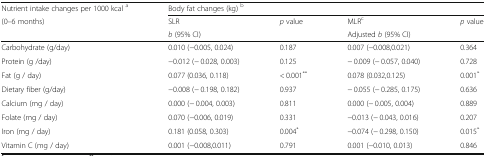
| Nutrient intake changes per 1000 kcal a | <COLSPAN=4> Body fat changes (kg) b |
 | <ROWSPAN=2> (0–6 months) | SLR | <ROWSPAN=2> p value | MLRc | <ROWSPAN=2> p value |
 | b (95% CI) | Adjusted b (95% CI) |
 | --- | --- | --- | --- | --- |
 | Carbohydrate (g/day) | 0.010 (−0.005, 0.024) | 0.187 | 0.007 (−0.008,0.021) | 0.364 |
 | Protein (g /day) | −0.012 (− 0.028, 0.003) | 0.125 | − 0.009 (− 0.057, 0.040) | 0.728 |
 | Fat (g / day) | 0.077 (0.036, 0.118) | < 0.001** | 0.078 (0.032,0.125) | 0.001* |
 | Dietary fiber (g/day) | −0.008 (− 0.198, 0.182) | 0.937 | − 0.055 (− 0.285, 0.175) | 0.636 |
 | Calcium (mg / day) | 0.000 (− 0.004, 0.003) | 0.811 | 0.000 (− 0.005, 0.004) | 0.889 |
 | Folate (mg / day) | 0.070 (−0.006, 0.019) | 0.331 | −0.013 (− 0.043, 0.016) | 0.207 |
 | Iron (mg / day) | 0.181 (0.058, 0.303) | 0.004* | −0.074 (− 0.298, 0.150) | 0.015* |
 | Vitamin C (mg / day) | 0.001 (−0.008,0.011) | 0.791 | 0.001 (−0.010, 0.013) | 0.846 |